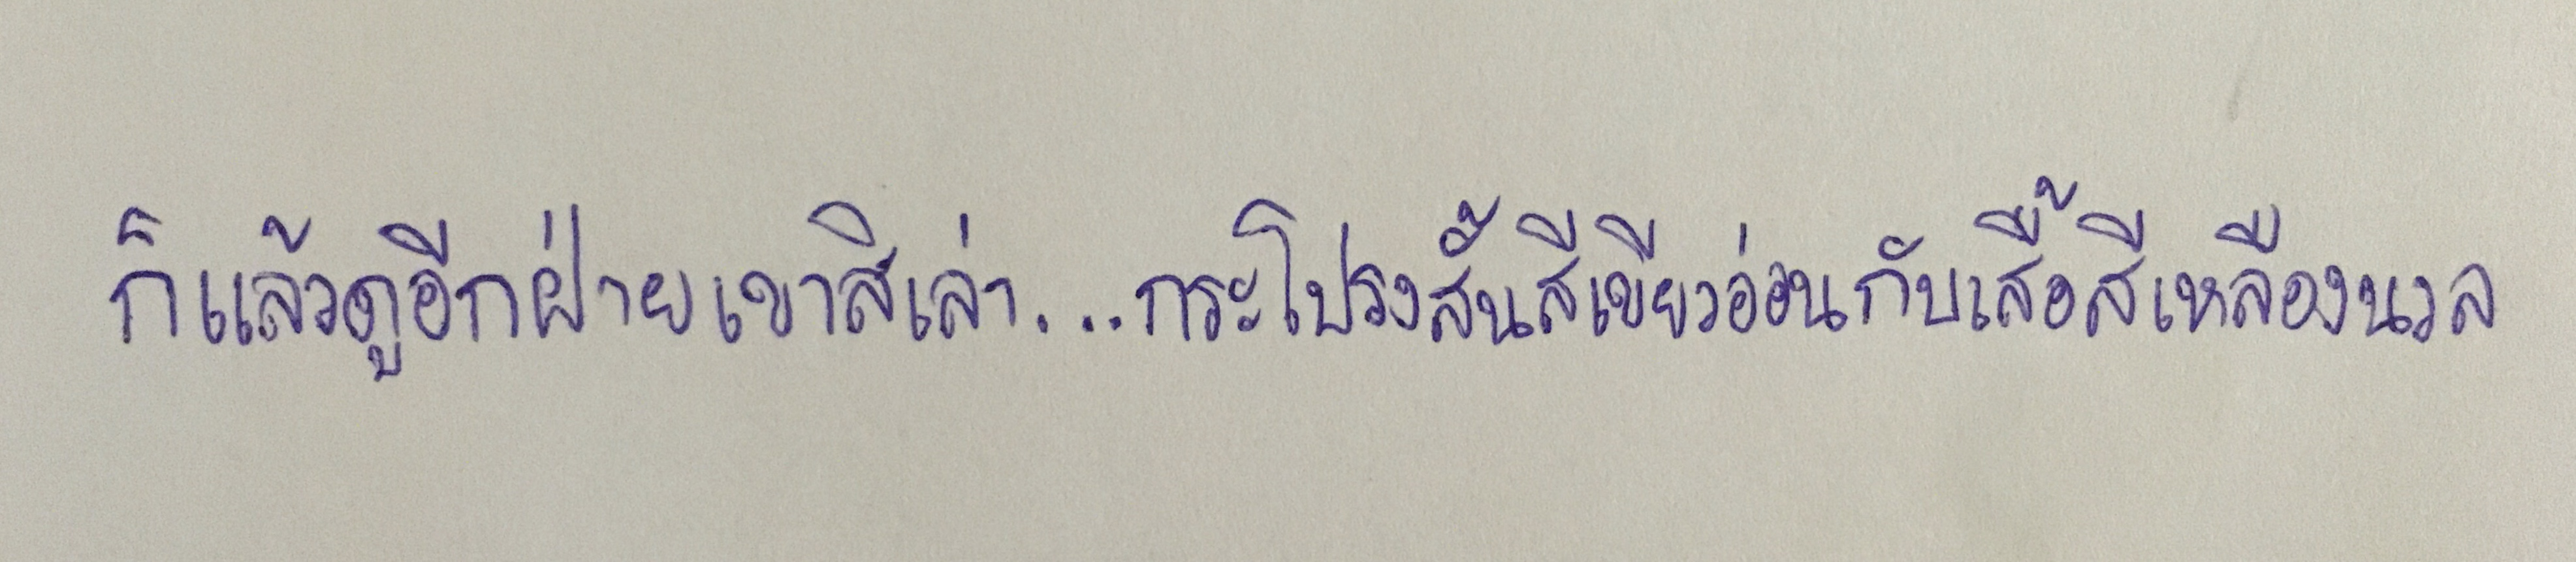
ก็แล้วดูอีกฝ่ายเขาสิเล่า...กระโปรงสั้นสีเขียวอ่อนกับเสื้อสีเหลืองนวล